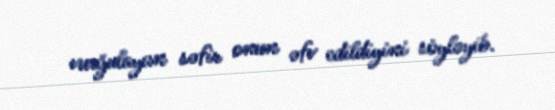
vurğulayan səfir onun əfv edildiyini söyləyib.